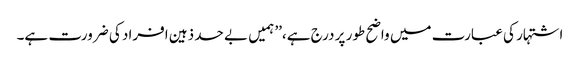
اشتہار کی عبارت میں واضح طور پر درج ہے،’’ ہمیں بے حد ذہین افراد کی ضرورت ہے۔